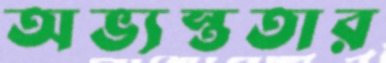
অভ্যস্ততার